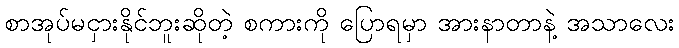
စာအုပ်မငှားနိုင်ဘူးဆိုတဲ့ စကားကို ပြောရမှာ အားနာတာနဲ့ အသာလေး